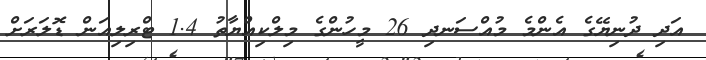
އަދި ދުނިޔޭގެ އެންމެ މުއްސަނދި 26 މީހުންގެ މިލްކިއްޔާތު 1.4 ޓްރިލިއަން ޑޮލަރަށް